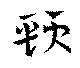
頸